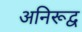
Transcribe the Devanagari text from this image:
अनिरूद्व